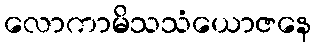
လောကာမိသသံယောဇနေ